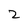
Character: 2